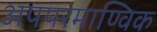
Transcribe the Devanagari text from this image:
अपपरमाण्विक